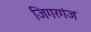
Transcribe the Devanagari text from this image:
जिगरगंज